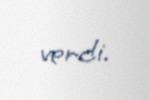
verdi.